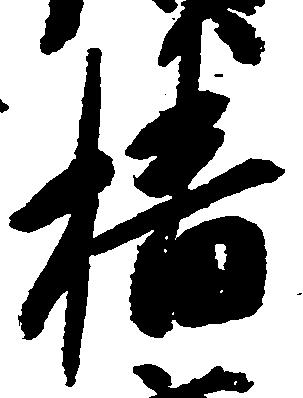
播